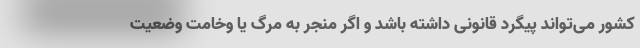
کشور می‌تواند پیگرد قانونی داشته باشد و اگر منجر به مرگ یا وخامت وضعیت